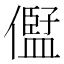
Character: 𠏫